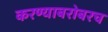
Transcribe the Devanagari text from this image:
करण्‍याबरोबरच